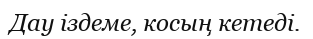
Дау іздеме, косың кетеді.